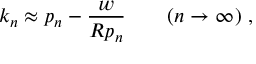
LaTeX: k _ { n } \approx p _ { n } - \frac { w } { R p _ { n } } \qquad ( n \to \infty ) \ ,